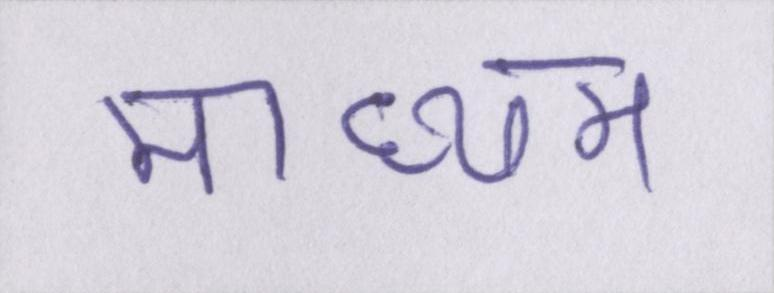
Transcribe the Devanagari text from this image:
माध्यम